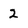
Character: 2